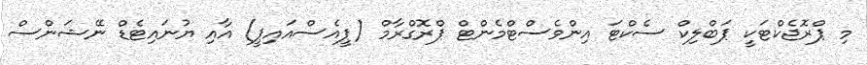
މި ޕްރޮޖެކްޓަކީ ޕަބްލިކް ސެކްޓަ އިންވެސްޓްމެންޓް ޕްރޮގްރާމް (ޕީއެސްއައިޕީ) އާއި ޔުނައިޓެޑް ނޭޝަންސް